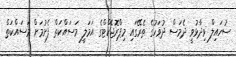
ސުހައިލް ވިދާޅުވީ ދެމަސް ދުވަހުގެ ތެރޭގައި މިޕްރޮޖެކްޓްގެ އަމަލީ މަސައްކަތް ފެށުމަށް މަސައްކަތް